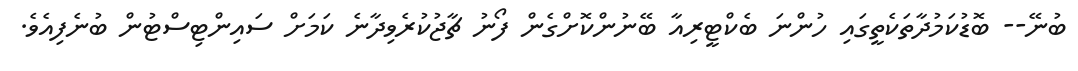
ބުނޭ-- ބޮޑުކަމުދާތަކެތީގައި ހުންނަ ބެކްޓީރިއާ ބޭނުންކޮށްގެން ފޯނު ޗާޖުކުރެވިދާނެ ކަމަށް ސައިންޓިސްޓުން ބުނެފިއެވެ.